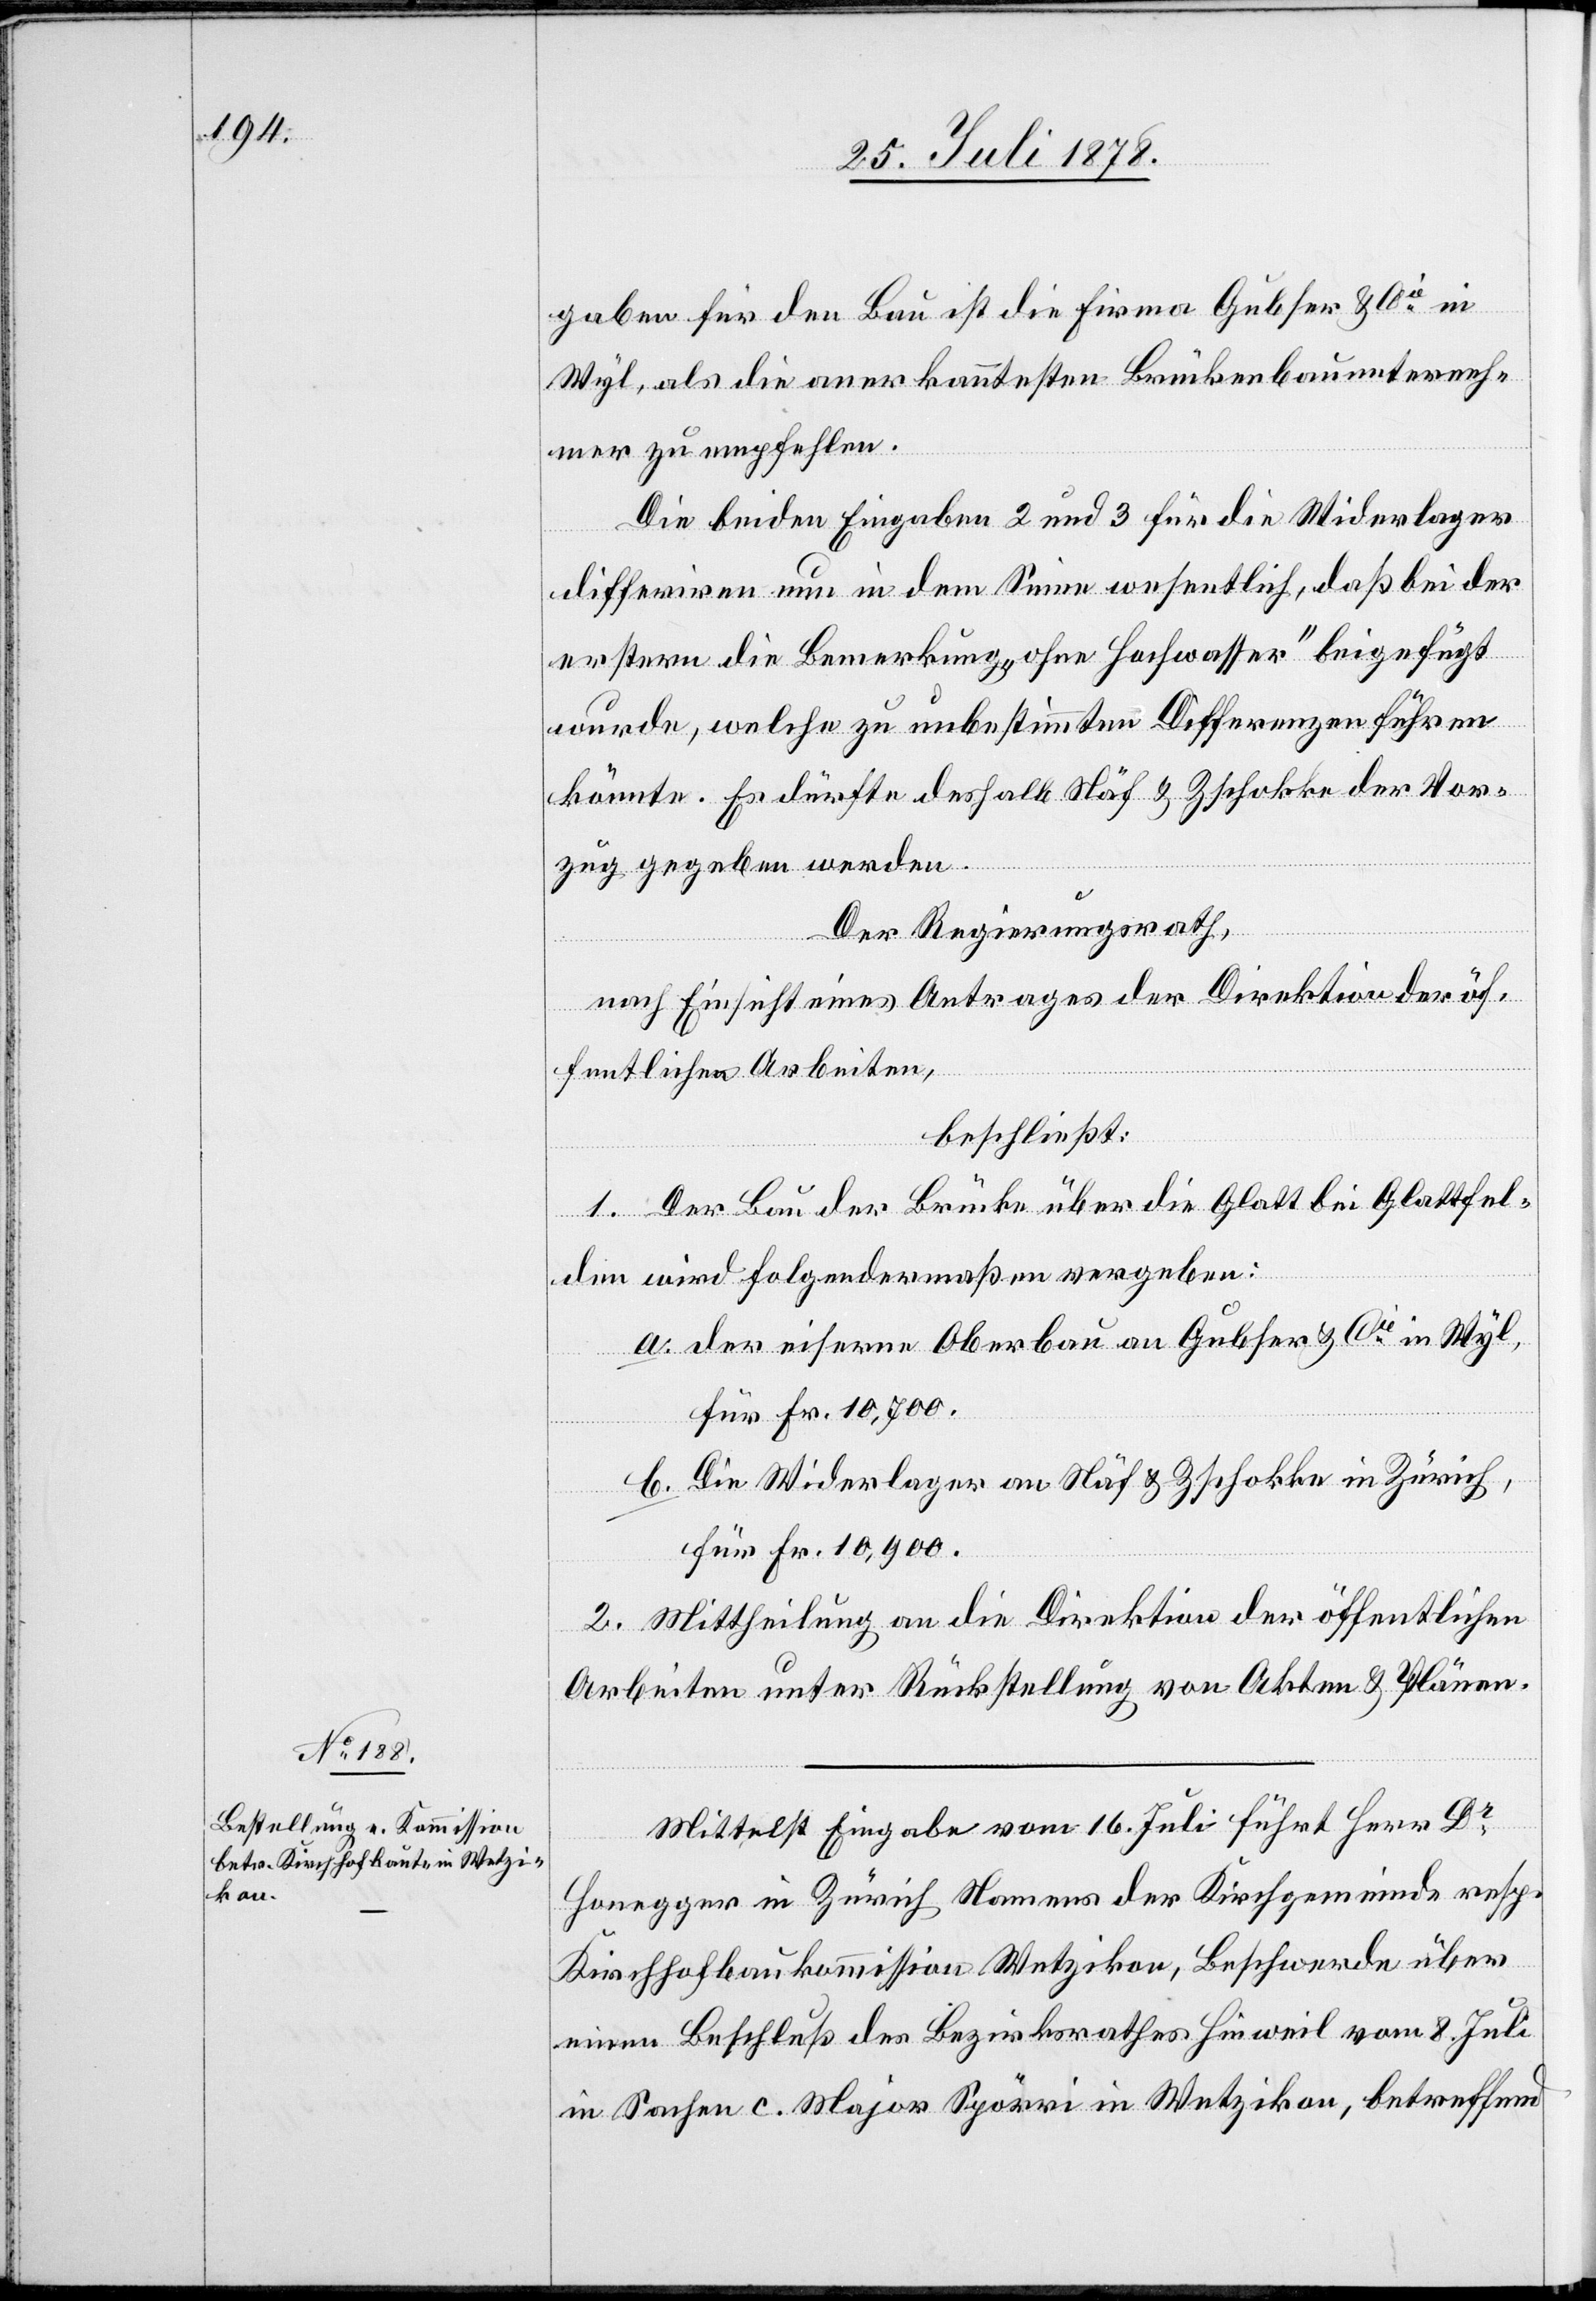
gaben für den Bau ist die Firma Gubler & Cie in
Wyl, als die anerkanntesten Brückenbauunterneh¬
c!] zu empfehlen.
Die beiden Eingaben 2 und 3 für die Widerlager
differiren nun in dem Sinne wesentlich, daß bei der
[si¬
erstern die Bemerkung „ohne Hochwasser“ beigefügt
wurde, welche zu unbestimmten Differenzen führen
könnte. Es dürfte deshalb Näf & Zschokke der Vor¬
zug gegeben werden.
Der Regierungsrath,
nach Einsicht eines Antrages der Direktion der öf¬
fentlichen Arbeiten,
beschließt:
1. Der Bau der Brücke über die Glatt bei Glattfel¬
den wird folgendermaßen vergeben:
der eiserne Oberbau an Gubser & Cie in Wyl,
für Fr. 10,700.
Die Widerlager an Näf & Zschokke in Zürich,
für Fr. 10,900.
2. Mittheilung an die Direktion der öffentlichen
Arbeiten unter Rückstellung von Akten & Plänen.
Mittelst Eingabe vom 16. Juli führt Herr Dr
Honegger in Zürich Namens der Kirchgemeinde resp.
Kirchhofbaukommission Wetzikon, Beschwerde über
einen Beschluß des Bezirksrathes Hinweil vom 8. Juli
in Sachen c. Major Spörri in Wetzikon, betreffend